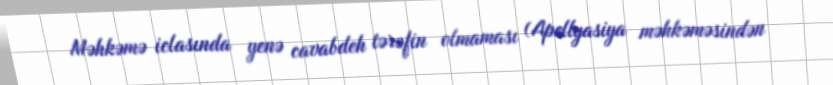
Məhkəmə iclasında yenə cavabdeh tərəfin olmaması (Apellyasiya məhkəməsindən